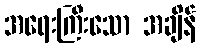
အရေးကြီးသော အချိန်